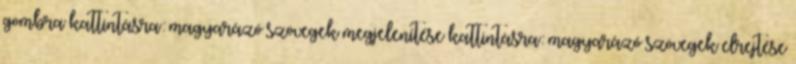
gombra kattintásra: magyarázó szövegek megjelenítése kattintásra: magyarázó szövegek elrejtése